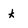
Character: K